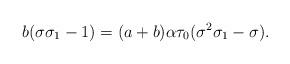
LaTeX: \begin{align*}b (\sigma \sigma_1 - 1) = (a+b) \alpha \tau_0 (\sigma^2 \sigma_1 - \sigma).\end{align*}